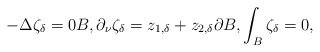
\begin{align*}-\Delta \zeta_\delta=0 {B}, \partial_\nu \zeta_\delta= z_{1,\delta} + z_{2,\delta} \partial {B}, \int_{B} \zeta_\delta=0,\end{align*}